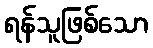
ရန်သူဖြစ်သော